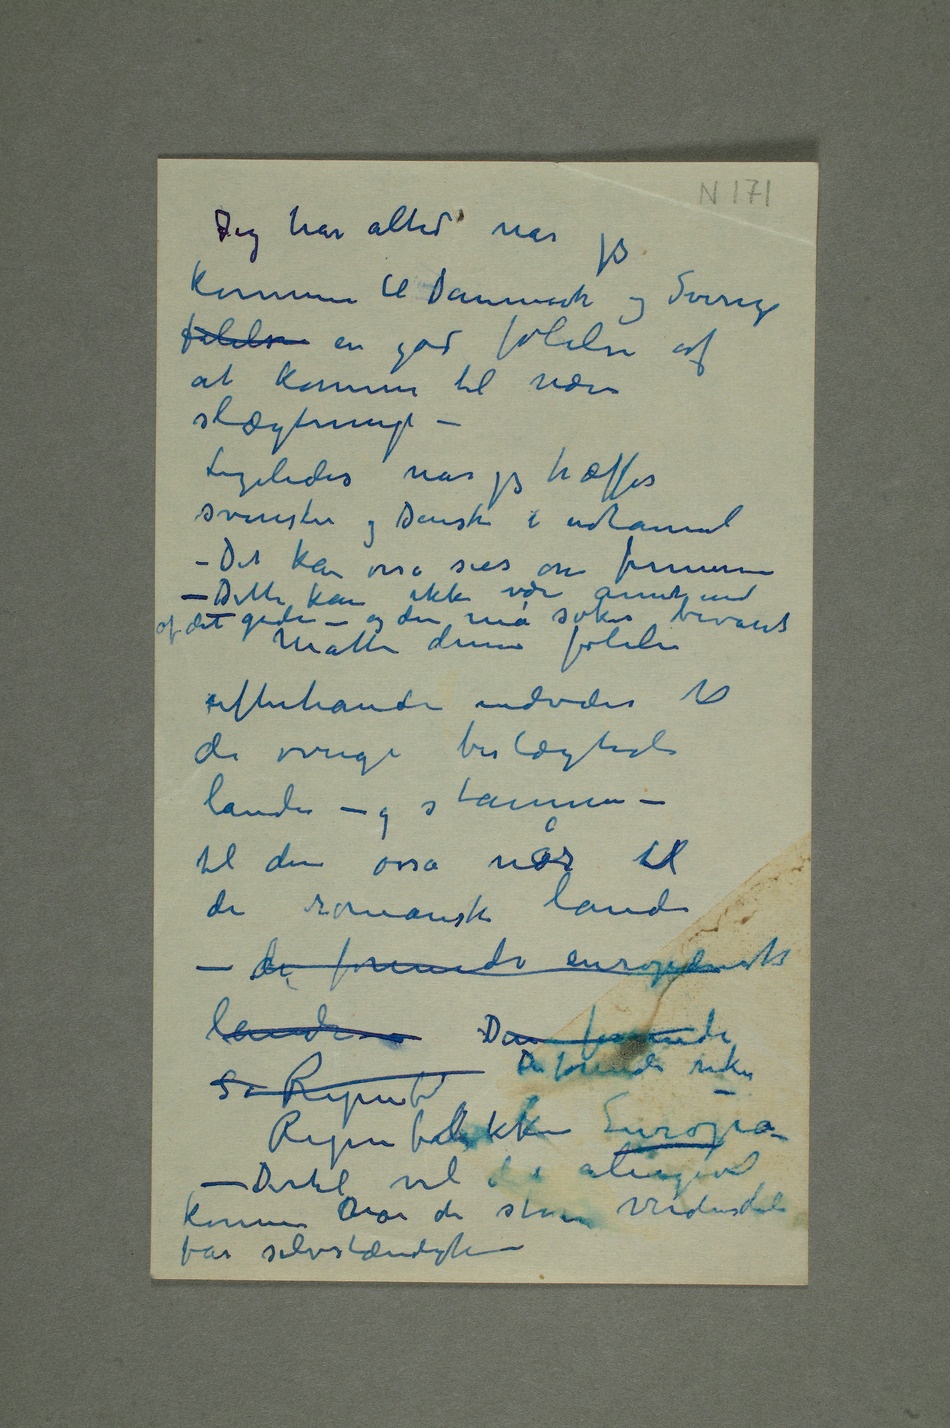
Jeg har altid når jeg
kommer til Danmark og Sverige
følelsen en god følelse af
at komme til nære
slægtninge –
Ligeledes når jeg træffer
svensker og Danske i udlannet
– Det kan osså sies om finnerne
– Dette kan ikke være annet end af
efterhånden udvides til
de øvrige beslægtede
lande – og stammer –
til den osså når til
de romanske lande
– de forenede europæiske
lande Den forenede
Republikken Europa
– Dertil vil det aligevel
komme når de store verdensdele
får selvstændighe –